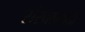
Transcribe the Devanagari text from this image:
संरचानादी